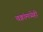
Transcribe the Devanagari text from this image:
चक्रांमध्येही